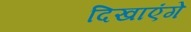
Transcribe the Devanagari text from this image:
दिखाएंगे